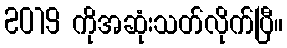
2019 ကိုအဆုံးသတ်လိုက်ပြီ။